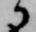
に